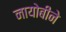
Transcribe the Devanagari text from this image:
नायोबीने